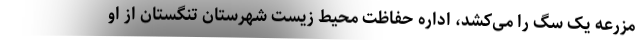
مزرعه یک سگ را می‌کشد، اداره حفاظت محیط زیست شهرستان تنگستان از او